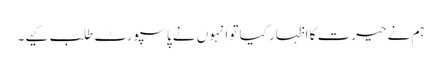
ہم نے حیرت کا اظہار کیا تو انہوں نے پاسپورٹ طلب کیے۔